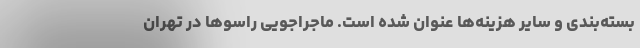
بسته‌بندی و سایر هزینه‌ها عنوان شده است‌. ماجراجویی راسوها در تهران